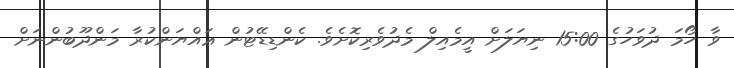
ވާ ހޯމަ ދުވަހުގެ 15:00 ނިޔަލަށް އީމެއިލް މެދުވެރިކޮށެވެ. ކެންޑިޑޭޓުން ޢައްޔަންކުރާ މަންދޫބުންނަށް